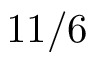
1 1 / 6